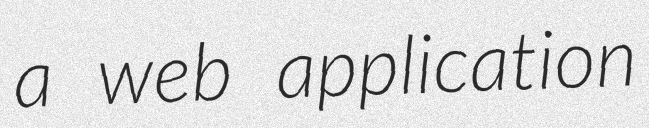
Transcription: a web application